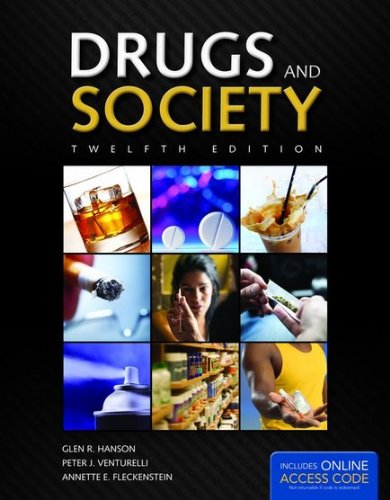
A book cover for Drugs And Society (Hanson, Drugs and Society); Glen R. Hanson; Health, Fitness & Dieting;